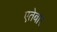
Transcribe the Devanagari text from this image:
एतेबार